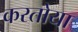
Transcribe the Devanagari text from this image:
करतोया